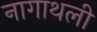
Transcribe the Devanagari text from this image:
नागाथली